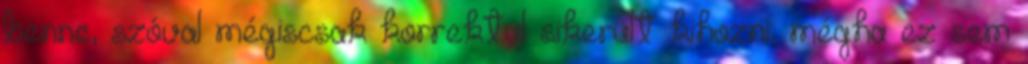
benne, szóval mégiscsak korrektül sikerült kihozni, mégha ez sem